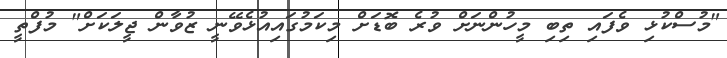
"މުސްކުޅި ވެފައި ތިބި މީހުންނަށް ވުރެ ބޮޑަށް މިކަމުގައިއުޅެވޭނީ ޒުވާން ޖީލަކަށް" މުފްތީ